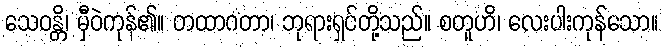
သေဝန္တိ၊ မှီဝဲကုန်၏။ တထာဂတာ၊ ဘုရားရှင်တို့သည်။ စတူဟိ၊ လေးပါးကုန်သော။